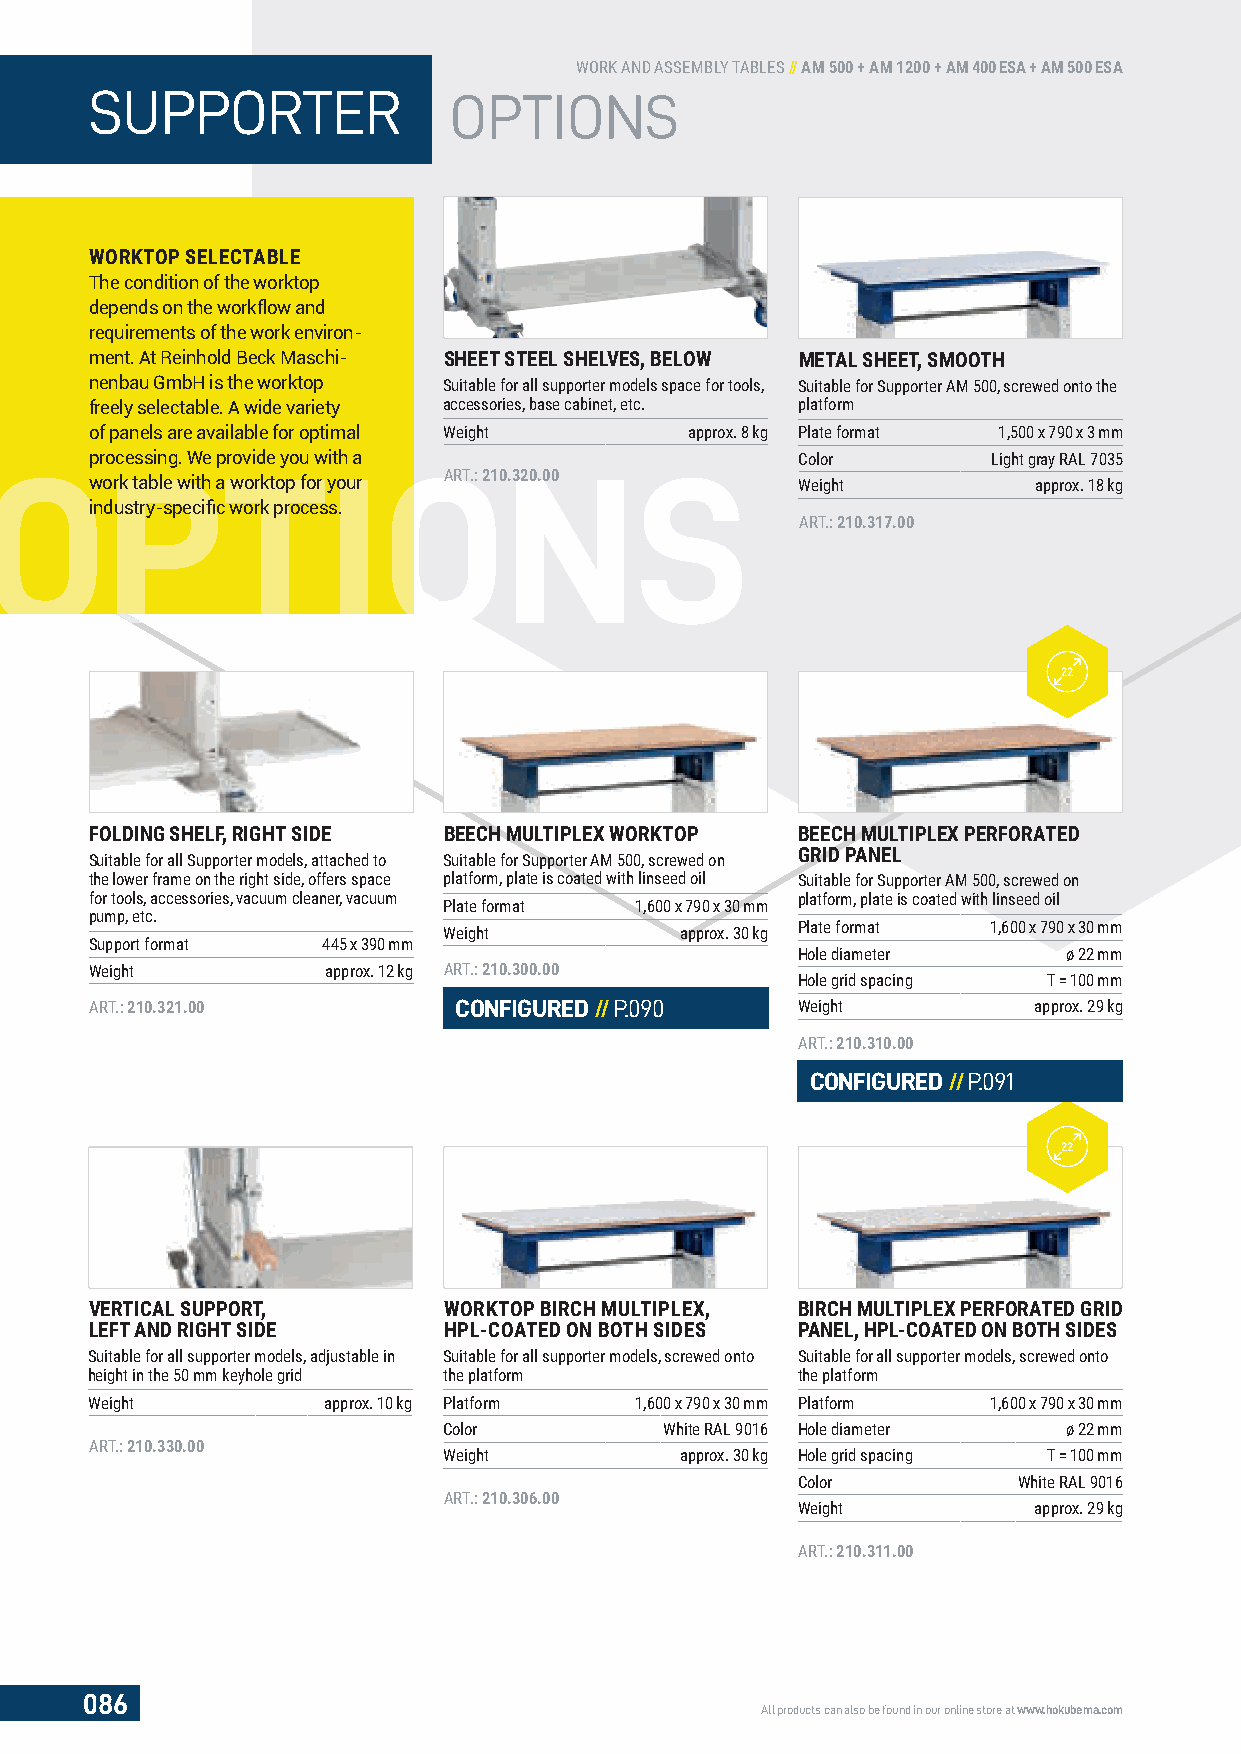
WORK AND ASSEMBLY TABLES // AM 500 + AM 1200 + AM 400 ESA + AM 500 ESA
 SUPPORTER               OPTIONS
 WORKTOP SELECTABLE
 The condition of the worktop
 depends on the workflow and
 requirements of the work environ-
 ment. At Reinhold Beck Maschi- SHEET STEEL SHELVES, BELOW METAL SHEET, SMOOTH
 nenbau GmbH is the worktop Suitable for all supporter models space for tools, Suitable for Supporter AM 500, screwed onto the
 freely selectable. A wide variety accessories, base cabinet, etc. platform
 of panels are available for optimal Weight approx. 8 kg Plate format 1,500 x 790 x 3 mm
 OOOproPPPPcessing. We pTTTTrovide you wIIIIith a OOOONNS Color    Light gray RAL 7035
 work table with a worktop for your ART.: 210.320.00 Weight    approx. 18 kg
 industry-specifi c work process.
 ART.: 210.317.00
 22
 FOLDING SHELF, RIGHT SIDE BEECH MULTIPLEX WORKTOP BEECH MULTIPLEX PERFORATED
 GRID PANEL
 Suitable for all Supporter models, attached to Suitable for Supporter AM 500, screwed on
 the lower frame on the right side, offers space platform, plate is coated with linseed oil Suitable for Supporter AM 500, screwed on
 for tools, accessories, vacuum cleaner, vacuum platform, plate is coated with linseed oil
 Plate format 1,600 x 790 x 30 mm
 pump, etc.
 Weight          approx. 30 kg Plate format 1,600 x 790 x 30 mm
 Support format 445 x 390 mm
 Hole diameter     ø 22 mm
 Weight          approx. 12 kg ART.: 210.300.00
 Hole grid spacing T = 100 mm
 ART.: 210.321.00        CONFIGURED //P.090     Weight         approx. 29 kg
 ART.: 210.310.00
 CONFIGURED //P.091
 22
 VERTICAL SUPPORT,      WORKTOP BIRCH MULTIPLEX, BIRCH MULTIPLEX PERFORATED GRID
 LEFT AND RIGHT SIDE    HPL-COATED ON BOTH SIDES PANEL, HPL-COATED ON BOTH SIDES
 Suitable for all supporter models, adjustable in Suitable for all supporter models, screwed onto Suitable for all supporter models, screwed onto
 height in the 50 mm keyhole grid the platform  the platform
 Weight         approx. 10 kg Platform 1,600 x 790 x 30 mm Platform 1,600 x 790 x 30 mm
 Color          White RAL 9016 Hole diameter ø 22 mm
 ART.: 210.330.00
 Weight          approx. 30 kg Hole grid spacing T = 100 mm
 Color         White RAL 9016
 ART.: 210.306.00
 Weight         approx. 29 kg
 ART.: 210.311.00
 086
 All products can also be found in our online store at www.hokubema.com